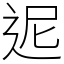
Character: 迡